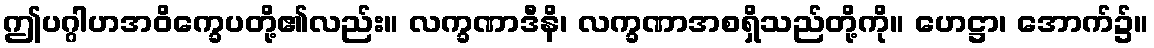
ဤပဂ္ဂါဟအဝိက္ခေပတို့၏လည်း။ လက္ခဏာဒီနိ၊ လက္ခဏာအစရှိသည်တို့ကို။ ဟေဋ္ဌာ၊ အောက်၌။